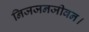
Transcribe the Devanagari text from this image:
निजजनजीवन।